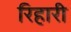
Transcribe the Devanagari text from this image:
रिहारी